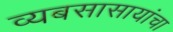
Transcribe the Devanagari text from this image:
व्यबसासायांचा